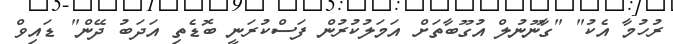
ރުހުމާ އެކު" "ގާނޫނުލް އުގޫބާތަށް އަމަލުކުރުން ފަސްކުރަނީ ބޮޑެތި އަދަބު ދޭން" ޑައިވް